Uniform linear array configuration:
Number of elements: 16
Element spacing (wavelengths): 0.75
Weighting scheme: binomial
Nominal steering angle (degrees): -15
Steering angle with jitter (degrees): -14.624
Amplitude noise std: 0.05
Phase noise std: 0.05

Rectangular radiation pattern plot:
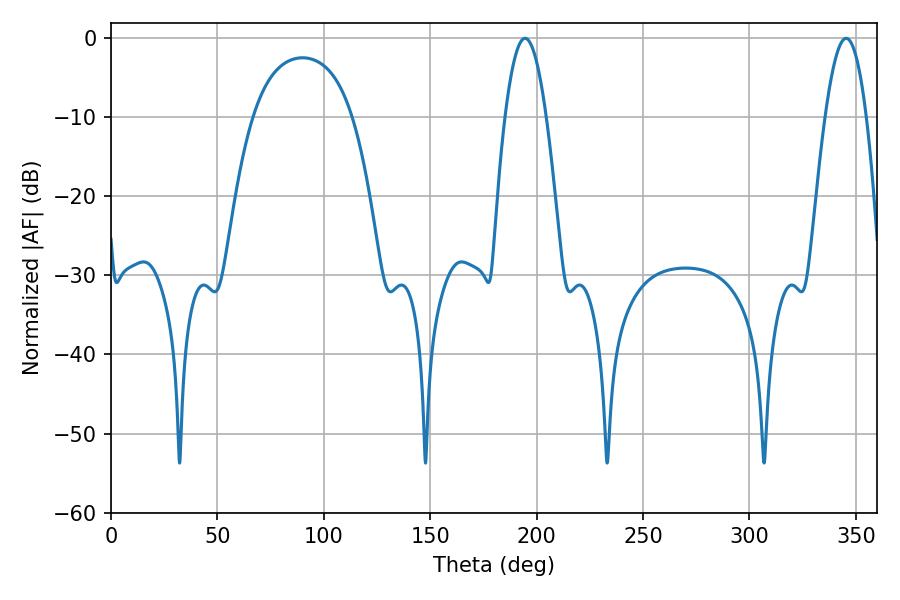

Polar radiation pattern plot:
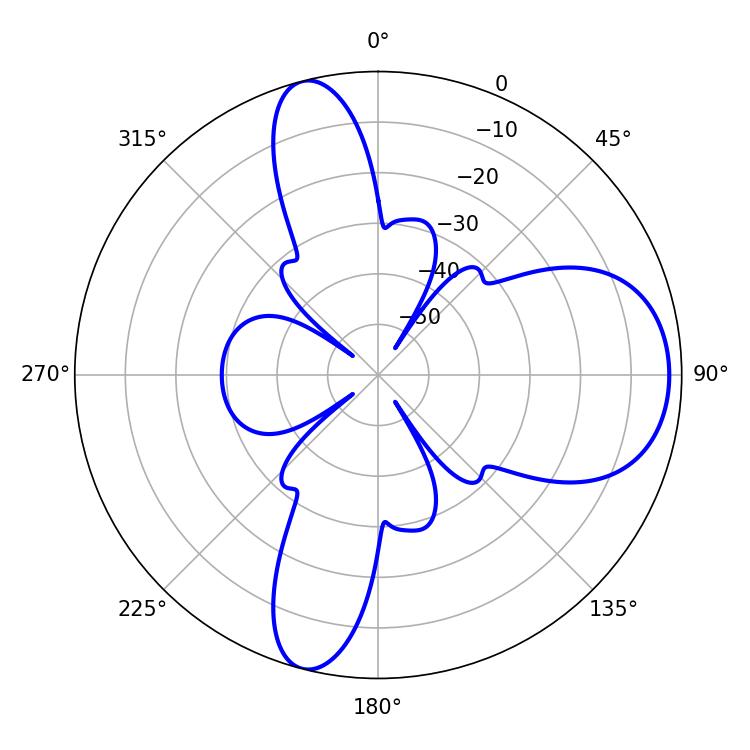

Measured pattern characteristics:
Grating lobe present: TRUE
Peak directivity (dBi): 9.67
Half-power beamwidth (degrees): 10.62
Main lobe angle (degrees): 194.58